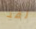
لقد